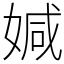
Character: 㛾